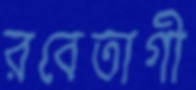
রবেতাগী